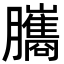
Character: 𦢿